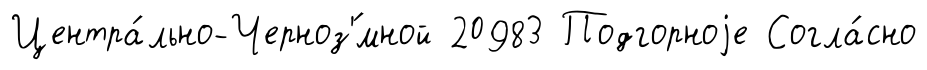
Центра́льно-Черноз'́мной 20983 Подгорноjе Согла́сно